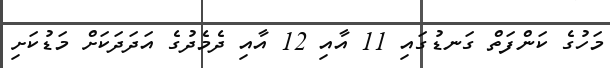
މަހުގެ ކަންފަތް ގަނޑުގައި 11 އާއި 12 އާއި ދެެމެދުގެ އަދަދަކަށް މަޑުކަށި